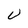
Character: U